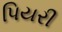
પિયરી